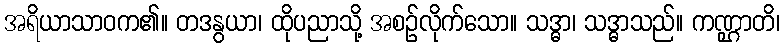
အရိယာသာဝက၏။ တဒနွယာ၊ ထိုပညာသို့ အစဉ်လိုက်သော။ သဒ္ဓာ၊ သဒ္ဓာသည်။ ကဏ္ဌာတိ၊